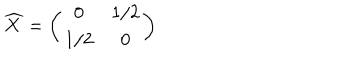
LaTeX: \widehat { X } = \left( \begin{array} { c c } { { 0 } } & { { 1 / 2 } } \\ { { 1 / 2 } } & { { 0 } } \\ \end{array} \right)